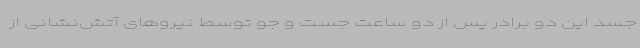
جسد این دو برادر پس از دو ساعت جست و جو توسط نیروهای آتش‌نشانی از